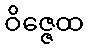
ဝိဇ္ဇေထ